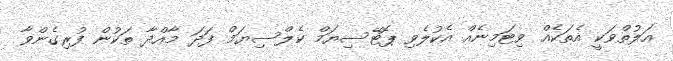
އަލުތްވަކީ އެތަކެއް ވިޓަމިނެއް އެކުލެވި ޕޮޓޭސިޔަމް ކެލްސިޔަމް ފަދަ މާއްދާ ތަކުން ފުރިގެންވާ